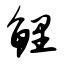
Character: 鲤